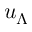
u _ { \Lambda }